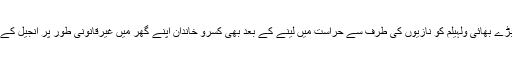
وولف گینگ اور اس کے سب سے بڑے بھائی ولہیلم کو نازیوں کی طرف سے حراست میں لینے کے بعد بھی کسرو خاندان اپنے گھر میں غیرقانونی طور پر انجیل کے مطالعے کی میٹنگ منعقد کرتا رہا۔